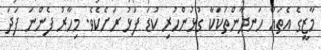
މާޒީގެ އެތައް ހަނދާންތަކަކާ ގުޅުންހުރި ކުޑަ ފަޅު ރަށެކެވެ. މިހާރު ފެންނަ ފަދަ